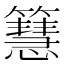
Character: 𥶙